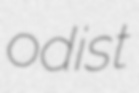
odist